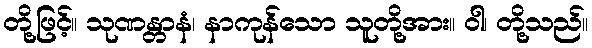
တို့ဖြင့်။ သုဏန္တာနံ၊ နာကုန်သော သူတို့အား။ ဝါ၊ တို့သည်။